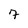
Character: 7